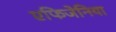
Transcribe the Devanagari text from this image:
एफिजेनिया